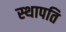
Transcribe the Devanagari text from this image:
स्‍थापति